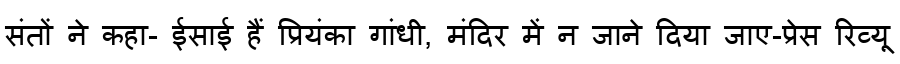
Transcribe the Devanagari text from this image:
संतों ने कहा- ईसाई हैं प्रियंका गांधी, मंदिर में न जाने दिया जाए-प्रेस रिव्यू